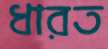
ধারত